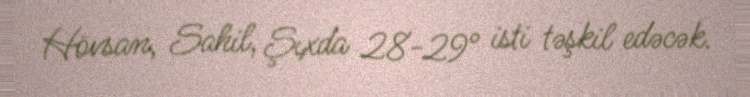
Hövsan, Sahil, Şıxda 28-29° isti təşkil edəcək.